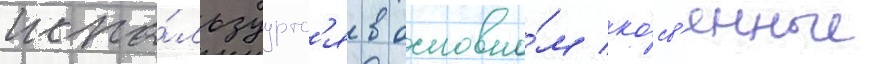
испо́льзуутс'я в основно́м ко́св'енные